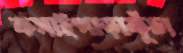
কসাইপাড়াকুঁচা